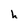
Character: h